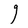
Character: g